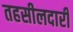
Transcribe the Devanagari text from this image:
तहसीलदारी